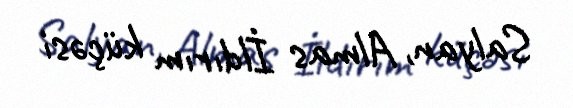
Salyan, Almas İldırım küçəsi